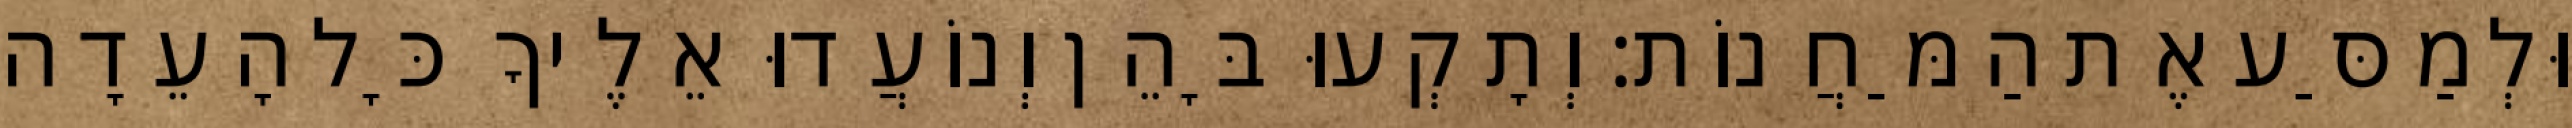
וּלְמַסַּע אֶת הַמַּחֲנוֹת׃ וְתָקְעוּ בָּהֵן וְנוֹעֲדוּ אֵלֶיךָ כָּל הָעֵדָה